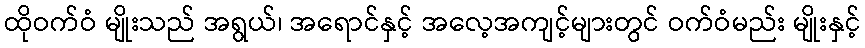
ထိုဝက်ဝံ မျိုးသည် အရွယ်၊ အရောင်နှင့် အလေ့အကျင့်များတွင် ဝက်ဝံမည်း မျိုးနှင့်